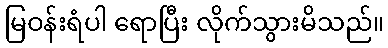
မြဝန်းရံပါ ရောပြီး လိုက်သွားမိသည်။